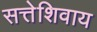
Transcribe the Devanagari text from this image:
सत्तेशिवाय